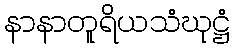
နာနာတူရိယသံဃုဋ္ဌံ